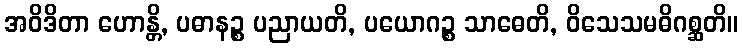
အဝိဒိတာ ဟောန္တိ, ပဓာနဉ္စ ပညာယတိ, ပယောဂဉ္စ သာဓေတိ, ဝိသေသမဓိဂစ္ဆတိ။